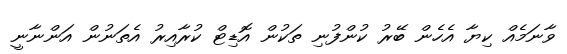
ވާނަމެއް ކިޔާ އެހެން ބޭރު ކުންފުނި ތަކުން އޮޑިޓް ކުރާއިރު އެތަނުން އަންނާނީ